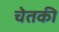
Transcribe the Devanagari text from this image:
चेतकी